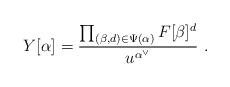
LaTeX: \begin{align*}Y[\alpha] = \frac{\prod_{(\beta, d) \in \Psi(\alpha)}F[\beta]^d}{u^{\alpha^\vee}} \ .\end{align*}